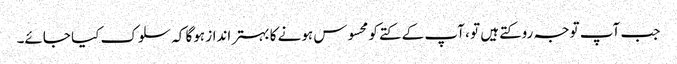
جب آپ توجہ روکتے ہیں تو ، آپ کے کتے کو محسوس ہونے کا بہتر انداز ہوگا کہ سلوک کیا جائے۔